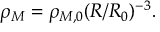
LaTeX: \rho _ { M } = \rho _ { M , 0 } ( R / R _ { 0 } ) ^ { - 3 } .